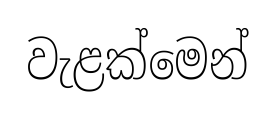
වැළක්මෙන්